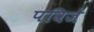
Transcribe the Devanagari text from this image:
पविजे